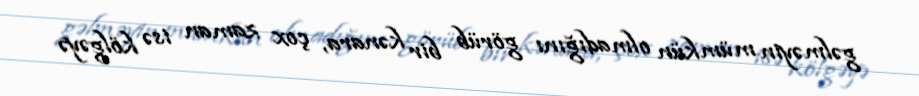
gəlməyin mümkün olmadığını görüb bir kənara, çox zaman isə kölgəyə